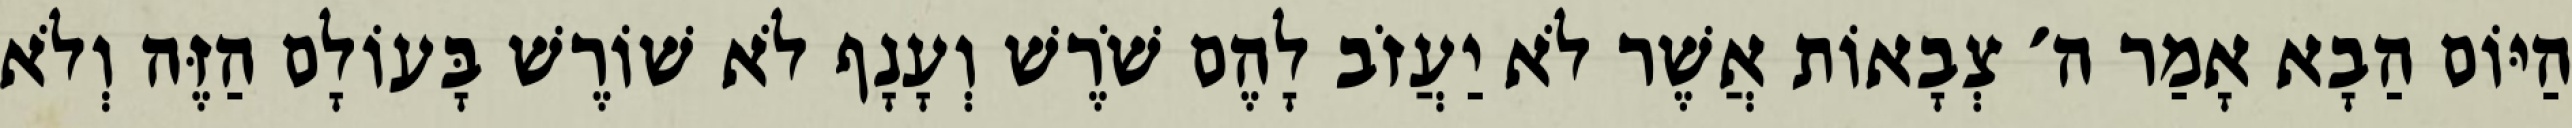
הַיּוֹם הַבָא אָמַר ה׳ צְבָאוֹת אֲשֶׁר לֹא יַעֲזֹב לָהֶם שֹׁרֶשׁ וְעָנָף לֹא שׁוֹרֶשׁ בָּעוֹלָם הַזֶּה וְלֹא